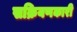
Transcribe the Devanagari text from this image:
सक्रियणकारी